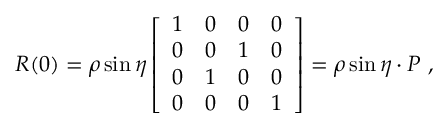
{ \cal R } ( 0 ) = \rho \sin \eta \left[ \begin{array} { c c c c } { { 1 } } & { { 0 } } & { { 0 } } & { { 0 } } \\ { { 0 } } & { { 0 } } & { { 1 } } & { { 0 } } \\ { { 0 } } & { { 1 } } & { { 0 } } & { { 0 } } \\ { { 0 } } & { { 0 } } & { { 0 } } & { { 1 } } \end{array} \right] = \rho \sin \eta \cdot P ~ ,